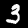
Label: 3